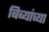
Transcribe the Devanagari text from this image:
बिब्यांच्या